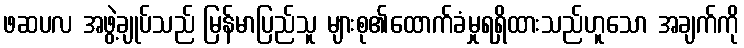
ဖဆပလ အဖွဲ့ချုပ်သည် မြန်မာပြည်သူ များစု၏ထောက်ခံမှုရရှိထားသည်ဟူသော အချက်ကို